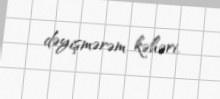
dəyişmərəm kəhəri.